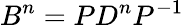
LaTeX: B^{n}=PD^{n}P^{-1}